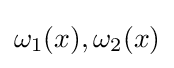
{\textstyle \omega _{1}(x),\omega _{2}(x)}